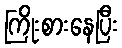
ကြိုးစားနေပြီး